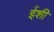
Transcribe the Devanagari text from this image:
ईशी